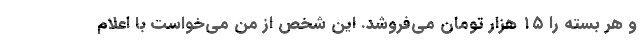
و هر بسته را ۱۵ هزار تومان می‌فروشد. این شخص از من می‌خواست با اعلام